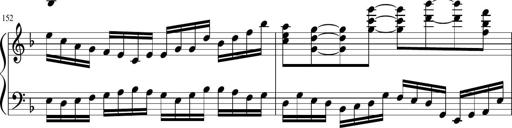
Title: Sonatina in F major
Composer: Ethan Ngo
Key: F major